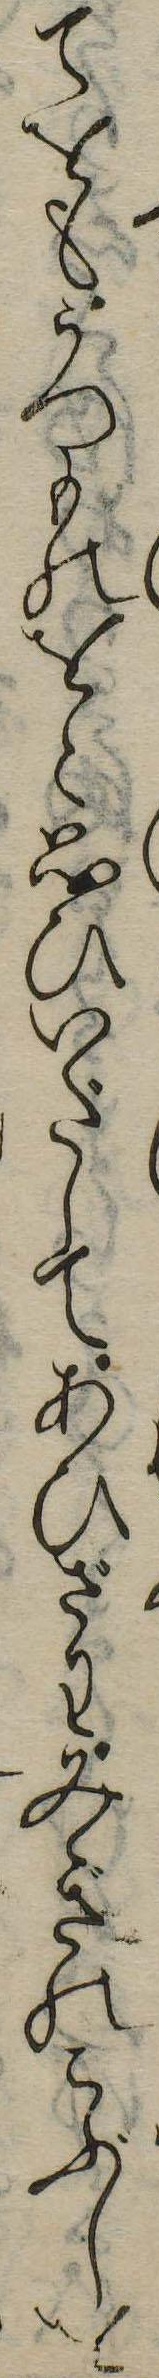
てをもうつものをと思ひいだしてあひざわみぎのこぶしを